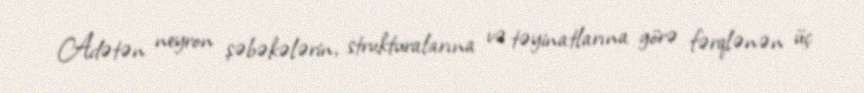
Adətən neyron şəbəkələrin, strukturalarına və təyinatlarına görə fərqlənən üç